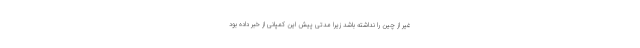
غیر از چین را نداشته باشد زیرا مدتی پیش این کمپانی از خبر داده بود